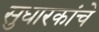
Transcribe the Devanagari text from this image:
सुधारकांचे